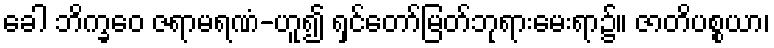
ခေါ ဘိက္ခဝေ ဇရာမရဏံ-ဟူ၍ ရှင်တော်မြတ်ဘုရားမေးရာ၌။ ဇာတိပစ္စယာ၊